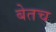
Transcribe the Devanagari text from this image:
बेतच